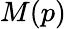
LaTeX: M(p)